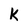
Character: k